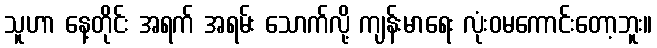
သူဟာ နေ့တိုင်း အရက် အရမ်း သောက်လို့ ကျန်းမာရေး လုံးဝမကောင်းတော့ဘူး။